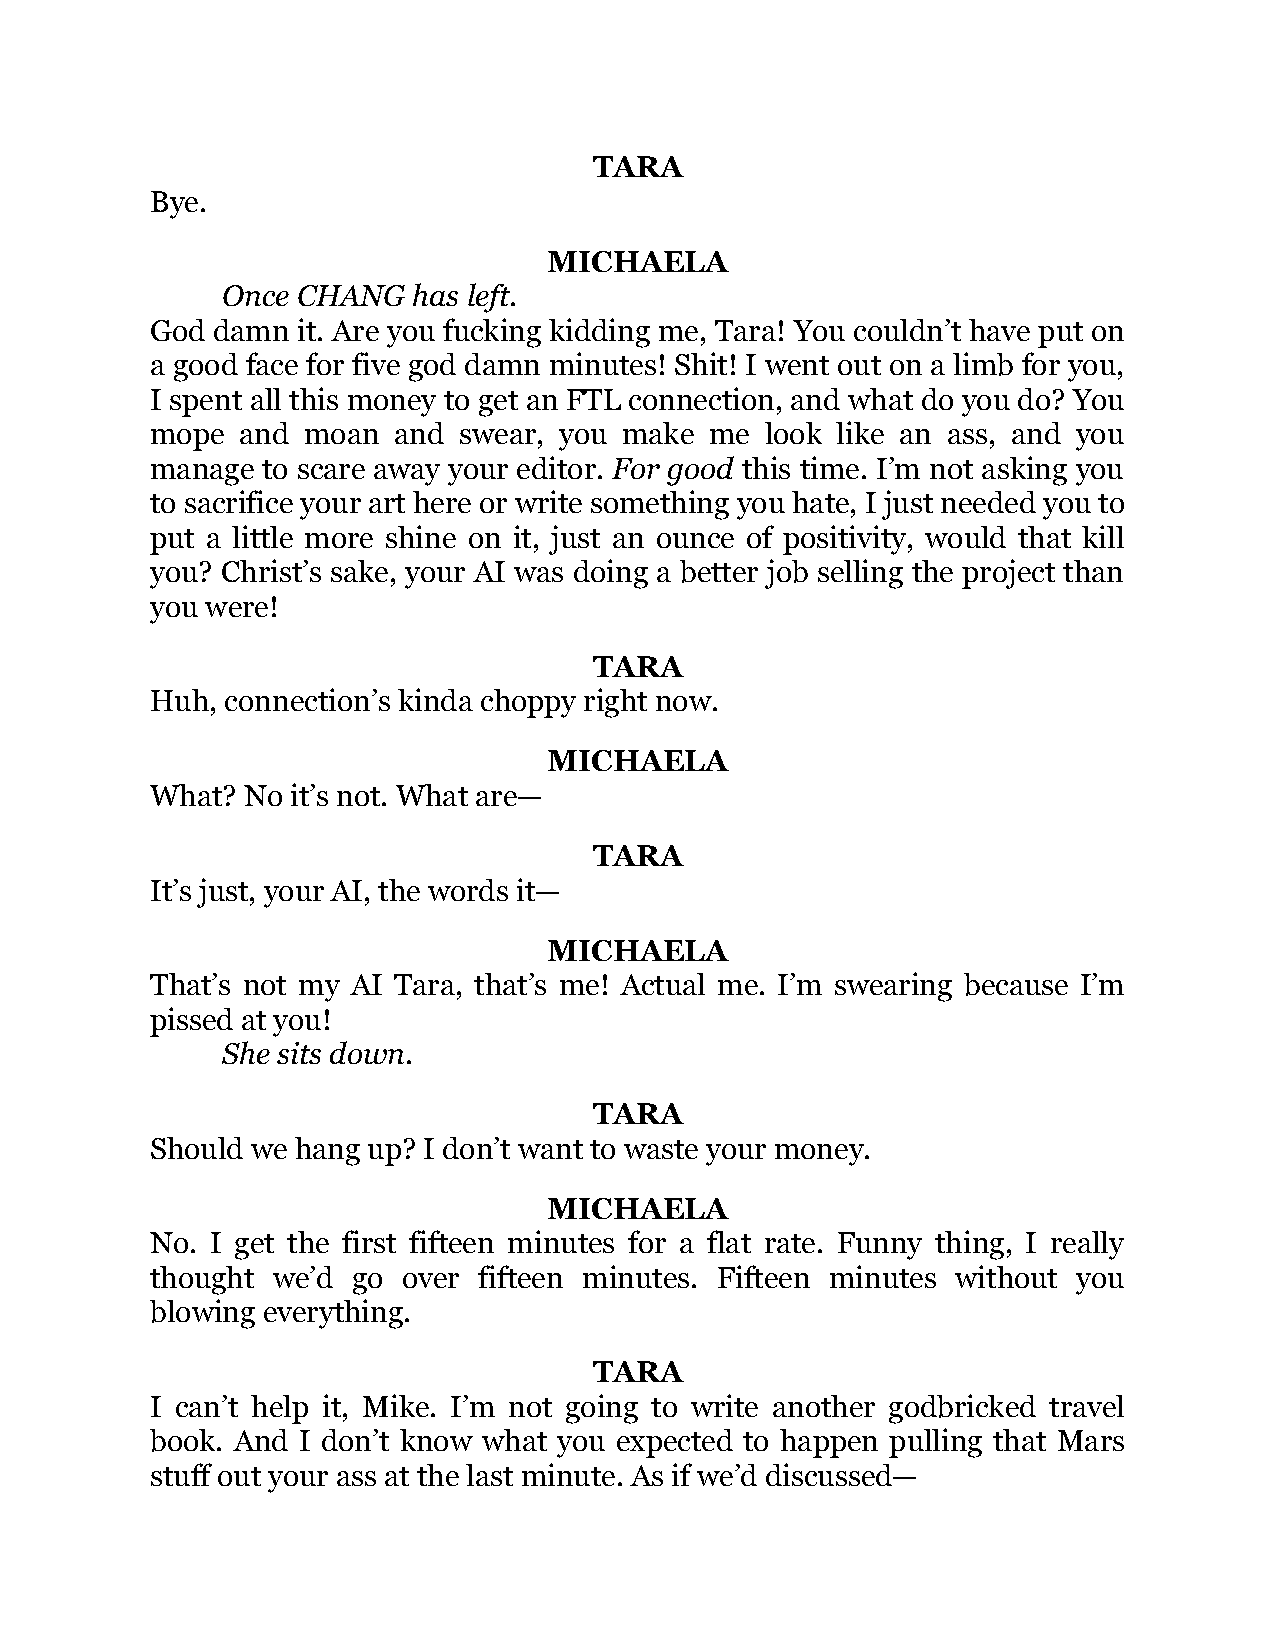
TARA
 Bye.
 MICHAELA
 Once CHANG  has left.
 God damn  it. Are you fucking kidding me, Tara! You couldn’t have put on
 a good face for five god damn minutes! Shit! I went out on a limb for you,
 I spent all this money to get an FTL connection, and what do you do? You
 mope  and moan  and swear, you make  me  look like an ass, and you
 manage to scare away your editor. For good this time. I’m not asking you
 to sacrifice your art here or write something you hate, I just needed you to
 put a little more shine on it, just an ounce of positivity, would that kill
 you? Christ’s sake, your AI was doing a better job selling the project than
 you were!
 TARA
 Huh, connection’s kinda choppy right now.
 MICHAELA
 What? No it’s not. What are—
 TARA
 It’s just, your AI, the words it—
 MICHAELA
 That’s not my AI Tara, that’s me! Actual me. I’m swearing because I’m
 pissed at you!
 She sits down.
 TARA
 Should we hang up? I don’t want to waste your money.
 MICHAELA
 No. I get the first fifteen minutes for a flat rate. Funny thing, I really
 thought we’d go  over fifteen minutes. Fifteen minutes without you
 blowing everything.
 TARA
 I can’t help it, Mike. I’m not going to write another godbricked travel
 book. And I don’t know what you expected to happen pulling that Mars
 stuff out your ass at the last minute. As if we’d discussed—